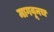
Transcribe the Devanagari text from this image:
मागवूनच